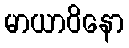
မာယာဝိနော